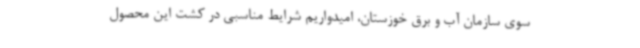
سوی سازمان آب و برق خوزستان، امیدواریم شرایط مناسبی در کشت این محصول